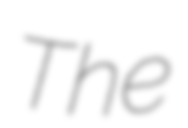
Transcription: The